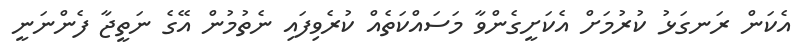
އެކަން ރަނގަޅު ކުރުމަށް އެކަށީގެންވާ މަސައްކަތެއް ކުރެވިފައި ނެތުމުން އޭގެ ނަތީޖާ ފެންނަނީ